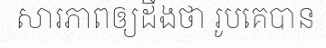
សារភាពឲ្យដឹងថា រូបគេបាន